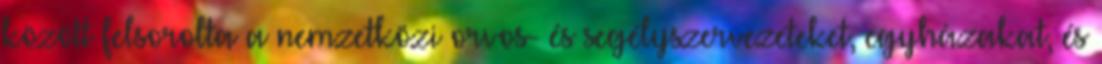
között felsorolta a nemzetközi orvos- és segélyszervezeteket, egyházakat, és